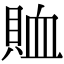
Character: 賉